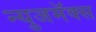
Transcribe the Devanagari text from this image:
न्युजमॅक्स